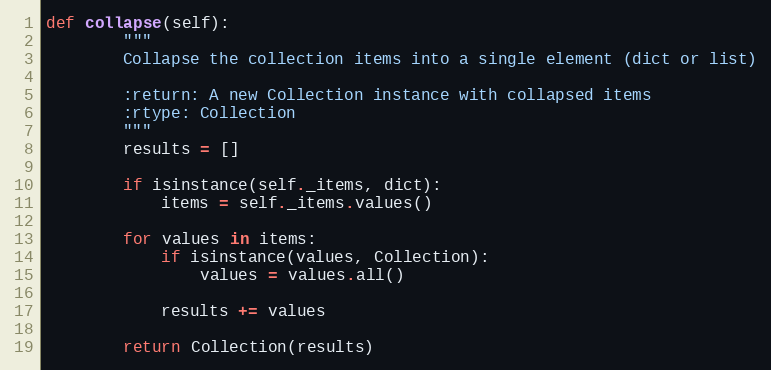
Language: Python
def collapse(self):
        """
        Collapse the collection items into a single element (dict or list)

        :return: A new Collection instance with collapsed items
        :rtype: Collection
        """
        results = []

        if isinstance(self._items, dict):
            items = self._items.values()

        for values in items:
            if isinstance(values, Collection):
                values = values.all()

            results += values

        return Collection(results)